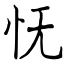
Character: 怃